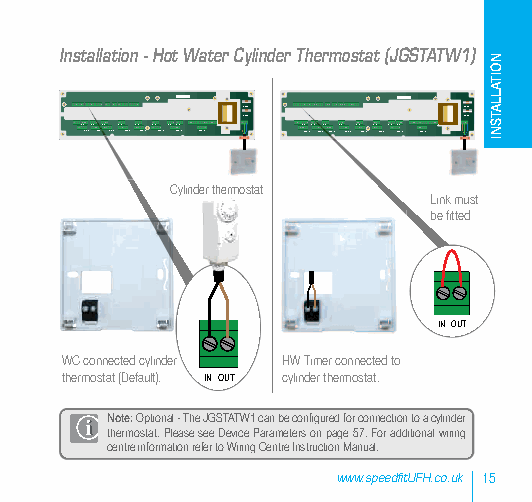
Installation - Hot Water Cylinder Thermostat (JGSTATW1)
 5 x 20mm       5 x 20mm
 5 x 20mm       5 x 20mm
 SL N ZO NL E 1SL N L ZONE 2SL N L ZONE 3SL N L ZONE 4SL N ZL ONE 5 SL N LZONE 6SL N LSZLO NNE 7L ZONE 8 SL N ZO NL E 1SL N L ZONE 2SL N L ZONE 3SL N L ZONE 4SL N ZL ONE 5 SL N LZONE 6SL N LSZLO NNE 7L ZONE 8
 Cylinder thermostat
 Link must
 be fitted
 INOUT
 WC connected cylinder HW Timer connected to
 thermostat (Default). IN OUT cylinder thermostat.
 Note:Optional - The JGSTATW1 can be configured for connection to a cylinder
 thermostat. Please see Device Parameters on page 57. For additional wiring
 centre information refer to Wiring Centre Instruction Manual.
 www.speedfitUFH.co.uk 15
 NOITALLATSNI